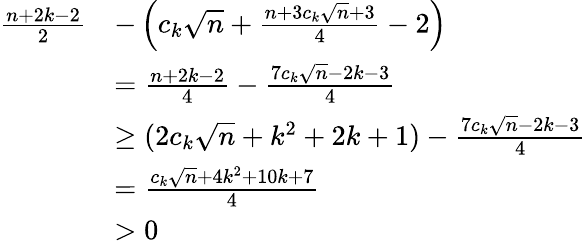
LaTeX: \begin{array}{rl}{\frac{n+2k-2}{2}}&{-\left(c_{k}\sqrt{n}+\frac{n+3c_{k}\sqrt{n}+3}{4}-2\right)}\\ &{=\frac{n+2k-2}{4}-\frac{7c_{k}\sqrt{n}-2k-3}{4}}\\ &{\geq(2c_{k}\sqrt{n}+k^{2}+2k+1)-\frac{7c_{k}\sqrt{n}-2k-3}{4}}\\ &{=\frac{c_{k}\sqrt{n}+4k^{2}+10k+7}{4}}\\ &{>0}\end{array}